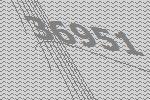
36951